On the action of the venoms of the cobra (Naja tripudians) and of the daboia (Daboia russellii) on the red blood corpuscles and on the blood plasma - Number 4
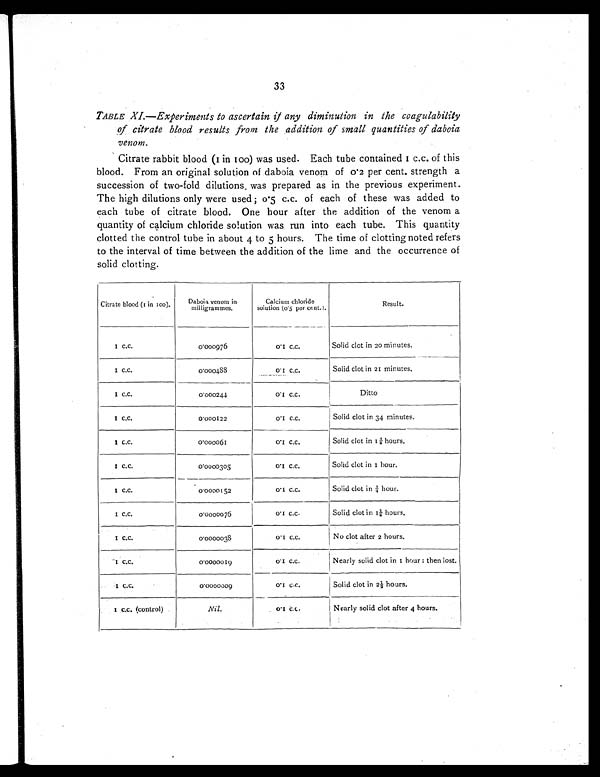
33
TABLE XI.—Experiments to ascertain if any diminution in the coagulability
of citrate blood results from the addition of small quantities of daboia
venom.
Citrate rabbit blood (1 in 100) was used. Each tube contained 1 c.c. of this
blood. From an original solution of daboia venom of 0.2 per cent, strength a
succession of two-fold dilutions was prepared as in the previous experiment.
The high dilutions only were used ; 0.5 c.c. of each of these was added to
each tube of citrate blood. One hour after the addition of the venom a
quantity of calcium chloride solution was run into each tube. This quantity
clotted the control tube in about 4 to 5 hours. The time of clotting noted refers
to the interval of time between the addition of the lime and the occurrence of
solid clotting.
Citrate blood (1 in 100).
Daboia venom in
milligrammes.
Calcium chloride
solution (0.5 per cent.).
Result.
1 c.c.
0.000976
0.1 c.c.
Solid clot in 20 minutes.
1 c.c.
0 . 0 0 0 4 8 8
0.1 c.c.
Solid clot in 21 minutes.
1 c.c.
0.000244
0 . 1 c . c .
Ditto
1 c.c.
0.000122
0.1 c.c.
Solid clot in 34 minutes.
1 c.c.
0.000061
0 . 1 c . c .
Solid clot in 1¾ hours.
1 c.c.
0 . 0 0 0 0 3 0 5
0.1 c.c.
Solid clot in 1 hour.
1 c.c.
0.0000152
0.1 c.c.
Solid clot in ¾ hour.
1 c.c.
0.0000076
0.1 c.c.
Solid clot in 1¼ hours.
1 c.c.
0.0000038
0.1 c.c.
No clot after 2 hours.
1 c.c.
0.0000019
0.1 c.c.
Nearly solid clot in 1 hour : then lost.
1 c.c.
0.0000009
0.1 c.c.
Solid clot in 2½ hours.
1 c.c. (control)
Nil.
0.1 c.c.
Nearly solid clot after 4 hours.